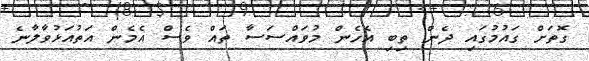
ގޮތަށް ގައުމުގައި ދެން ތިބި އެހެން މުވައްސަސާ ތައް ވެސް އެމެން އަތުއަޅުވާލާނެ